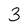
Character: 3